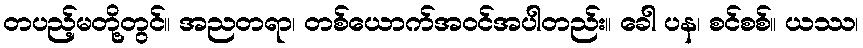
တပည့်မတို့တွင်။ အညတရာ၊ တစ်ယောက်အဝင်အပါတည်း။ ခေါ ပန၊ စင်စစ်။ ယဿ၊